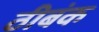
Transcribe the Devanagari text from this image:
ठीबंक